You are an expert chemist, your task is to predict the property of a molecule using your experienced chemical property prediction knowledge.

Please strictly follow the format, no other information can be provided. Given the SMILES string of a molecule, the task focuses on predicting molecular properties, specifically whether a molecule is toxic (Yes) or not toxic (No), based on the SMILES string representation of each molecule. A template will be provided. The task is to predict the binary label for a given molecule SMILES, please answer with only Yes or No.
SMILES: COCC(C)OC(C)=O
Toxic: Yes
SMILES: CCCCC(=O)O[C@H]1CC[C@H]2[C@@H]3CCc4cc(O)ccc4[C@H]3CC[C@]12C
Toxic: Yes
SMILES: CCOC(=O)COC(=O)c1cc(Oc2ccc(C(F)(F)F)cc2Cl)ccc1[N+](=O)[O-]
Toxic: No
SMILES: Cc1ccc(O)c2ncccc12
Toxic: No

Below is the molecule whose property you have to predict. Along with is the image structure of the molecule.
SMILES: CCCCOc1cc(C(=O)NCCN(CC)CC)c2ccccc2n1
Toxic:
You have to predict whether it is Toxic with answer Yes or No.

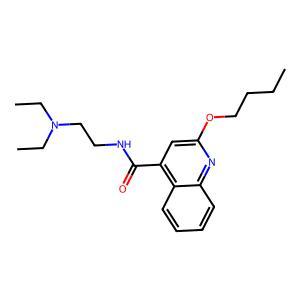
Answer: No